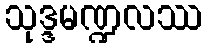
သုဒ္ဒမဏ္ဍလဿ